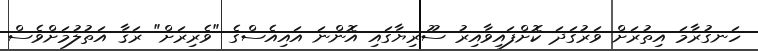
ހަނގުރާމަ އިތުރަށް ވަރުގަދަ ކޮށްފައިވާއިރު ސޫރިޔާގައި އޮންނަ އައިއެސްގެ "ވެރިރަށް" ރަޤާ އަތުލުމަށްވެސް